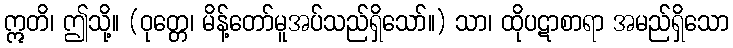
ဣတိ၊ ဤသို့။ (ဝုတ္တေ၊ မိန့်တော်မူအပ်သည်ရှိသော်။) သာ၊ ထိုပဋာစာရာ အမည်ရှိသော